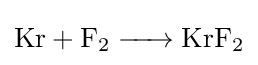
{\ce {Kr + F2 -> KrF2}}